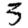
Digit: 3